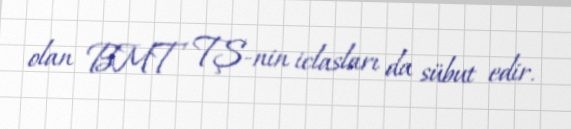
olan BMT TŞ-nin iclasları da sübut edir.